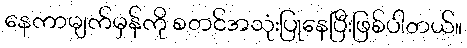
နေကာမျက်မှန်ကို စတင်အသုံးပြုနေပြီးဖြစ်ပါတယ်။